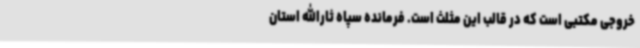
خروجی مکتبی است که در قالب این مثلث است. فرمانده سپاه ثارالله استان